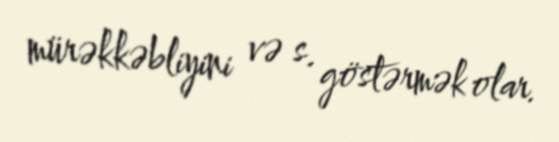
mürəkkəbliyini və s. göstərmək olar.